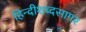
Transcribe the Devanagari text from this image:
हिन्दीशब्दसागर